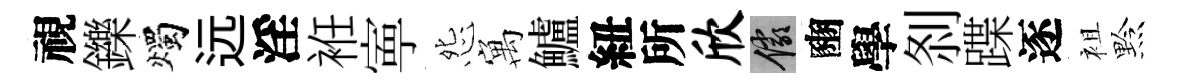
視鑠燭远淫袵寕怨寓鱸紐所欣儼豳學𠛴蹀逐袓黔